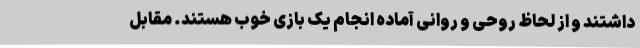
داشتند و از لحاظ روحی و روانی آماده انجام یک بازی خوب هستند. مقابل